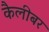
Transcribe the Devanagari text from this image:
कैलीबर